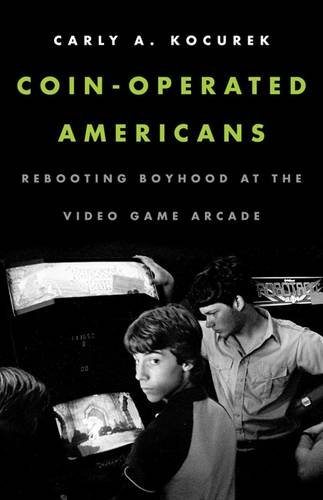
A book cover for Coin-Operated Americans: Rebooting Boyhood at the Video Game Arcade; Carly A. Kocurek; Computers & Technology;